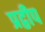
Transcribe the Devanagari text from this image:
प्रद्वीप